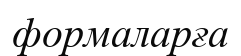
формаларға